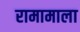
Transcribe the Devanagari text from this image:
रामामाला